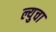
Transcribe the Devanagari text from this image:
ल्युचा